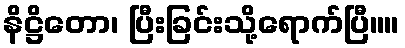
နိဋ္ဌိတော၊ ပြီးခြင်းသို့ရောက်ပြီ။။